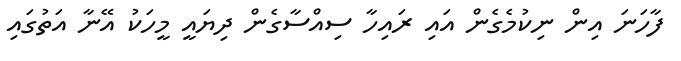
ފާހަނަ އިން ނިކުމެގެން އައި ރައިހާ ސިއްސާގެން ދިޔައީ މީހަކު އޭނާ އަތުގައި